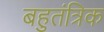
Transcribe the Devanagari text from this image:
बहुतंत्रिक